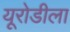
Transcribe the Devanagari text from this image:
यूरोडीला